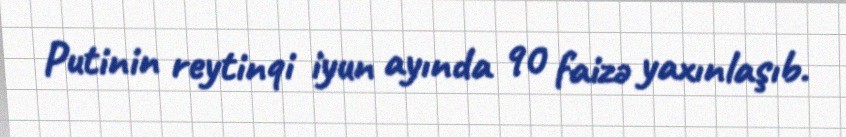
Putinin reytinqi iyun ayında 90 faizə yaxınlaşıb.